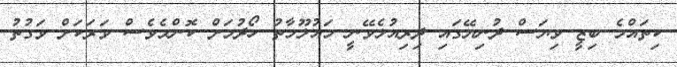
ކިތައްމެ ބިޒީ ވިޔަސް ދުނިޔޭގައި ދިރިއުޅެވޭނީ މައުލޫމާތު ހޯދުމަށް ކޮންމެވެސް ވަރަކަށް ވަގުތު